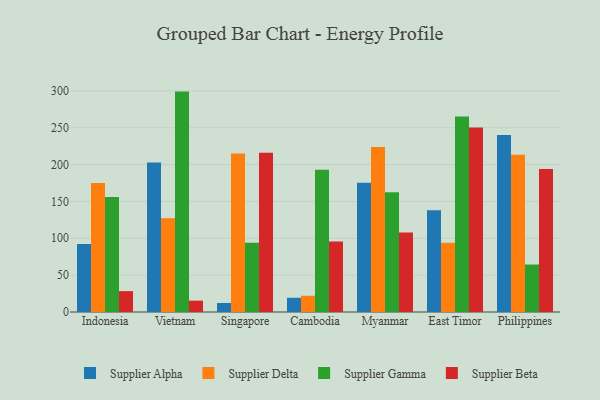
{"axis": {"x": "Country", "y": "Page Views"}, "legend": ["Supplier Alpha", "Supplier Beta", "Supplier Delta", "Supplier Gamma"], "data": [{"x": "Indonesia", "y": 92.3, "type": "Supplier Alpha"}, {"x": "Indonesia", "y": 175.1, "type": "Supplier Delta"}, {"x": "Indonesia", "y": 155.9, "type": "Supplier Gamma"}, {"x": "Indonesia", "y": 28.3, "type": "Supplier Beta"}, {"x": "Vietnam", "y": 202.9, "type": "Supplier Alpha"}, {"x": "Vietnam", "y": 127.2, "type": "Supplier Delta"}, {"x": "Vietnam", "y": 299.0, "type": "Supplier Gamma"}, {"x": "Vietnam", "y": 15.4, "type": "Supplier Beta"}, {"x": "Singapore", "y": 12.2, "type": "Supplier Alpha"}, {"x": "Singapore", "y": 214.9, "type": "Supplier Delta"}, {"x": "Singapore", "y": 94.0, "type": "Supplier Gamma"}, {"x": "Singapore", "y": 216.2, "type": "Supplier Beta"}, {"x": "Cambodia", "y": 19.3, "type": "Supplier Alpha"}, {"x": "Cambodia", "y": 22.0, "type": "Supplier Delta"}, {"x": "Cambodia", "y": 193.0, "type": "Supplier Gamma"}, {"x": "Cambodia", "y": 95.8, "type": "Supplier Beta"}, {"x": "Myanmar", "y": 175.2, "type": "Supplier Alpha"}, {"x": "Myanmar", "y": 223.7, "type": "Supplier Delta"}, {"x": "Myanmar", "y": 162.6, "type": "Supplier Gamma"}, {"x": "Myanmar", "y": 108.0, "type": "Supplier Beta"}, {"x": "East Timor", "y": 138.2, "type": "Supplier Alpha"}, {"x": "East Timor", "y": 94.0, "type": "Supplier Delta"}, {"x": "East Timor", "y": 265.2, "type": "Supplier Gamma"}, {"x": "East Timor", "y": 250.2, "type": "Supplier Beta"}, {"x": "Philippines", "y": 240.2, "type": "Supplier Alpha"}, {"x": "Philippines", "y": 213.4, "type": "Supplier Delta"}, {"x": "Philippines", "y": 64.4, "type": "Supplier Gamma"}, {"x": "Philippines", "y": 194.0, "type": "Supplier Beta"}]}